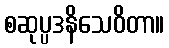
စဆုပ္ပဒနိသေဝိတာ။